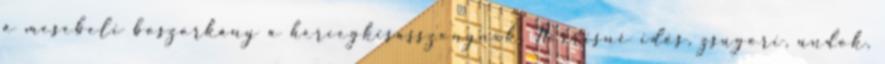
a mesebeli boszorkány a hercegkisasszonynak. Norrisné idős, zsugori, undok,